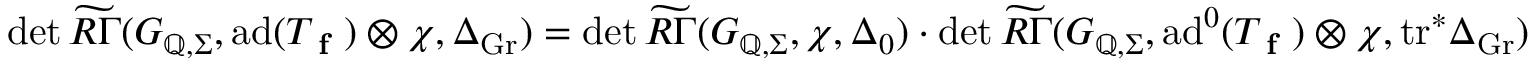
\operatorname* { d e t } \widetilde { R \Gamma } ( G _ { \mathbb { Q } , \Sigma } , \mathrm { a d } ( T _ { \textup { \bf f } } ) \otimes \chi , \Delta _ { \mathrm { G r } } ) = \operatorname* { d e t } \widetilde { R \Gamma } ( G _ { \mathbb { Q } , \Sigma } , \chi , \Delta _ { 0 } ) \cdot \operatorname* { d e t } \widetilde { R \Gamma } ( G _ { \mathbb { Q } , \Sigma } , \mathrm { a d } ^ { 0 } ( T _ { \textup { \bf f } } ) \otimes \chi , \mathrm { t r } ^ { * } \Delta _ { \mathrm { G r } } )